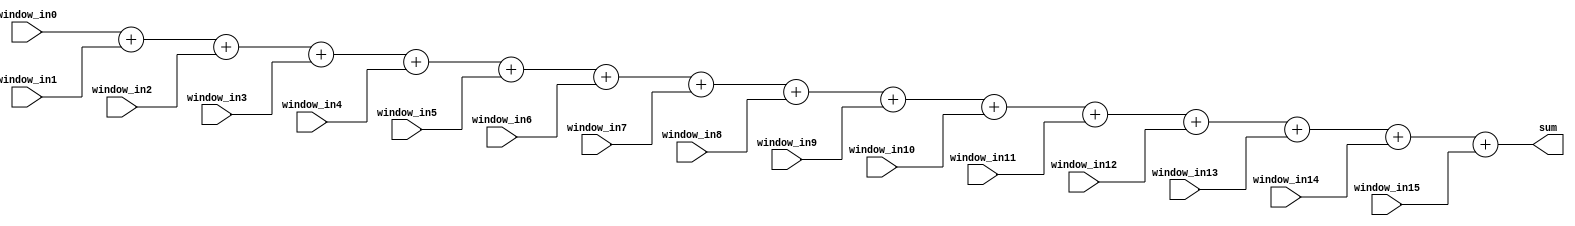
`timescale 1ns / 1ps
module windowsum
    #(parameter DATA_WIDTH = 16)
    (
    input [DATA_WIDTH-1:0] window_in0,
    input [DATA_WIDTH-1:0] window_in1,
    input [DATA_WIDTH-1:0] window_in2,
    input [DATA_WIDTH-1:0] window_in3,
    input [DATA_WIDTH-1:0] window_in4,
    input [DATA_WIDTH-1:0] window_in5,
    input [DATA_WIDTH-1:0] window_in6,
    input [DATA_WIDTH-1:0] window_in7,
    input [DATA_WIDTH-1:0] window_in8,
    input [DATA_WIDTH-1:0] window_in9,
    input [DATA_WIDTH-1:0] window_in10,
    input [DATA_WIDTH-1:0] window_in11,
    input [DATA_WIDTH-1:0] window_in12,
    input [DATA_WIDTH-1:0] window_in13,
    input [DATA_WIDTH-1:0] window_in14,
    input [DATA_WIDTH-1:0] window_in15,

    output reg [DATA_WIDTH-1:0] sum
    );

    always @(*) begin
        sum = window_in0 + window_in1 + window_in2 + window_in3 +
              window_in4 + window_in5 + window_in6 + window_in7 +
              window_in8 + window_in9 + window_in10 + window_in11 +
              window_in12 + window_in13 + window_in14 + window_in15;
    end

endmodule